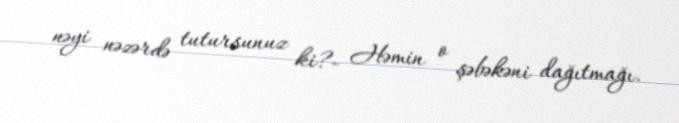
nəyi nəzərdə tutursunuz ki?- Həmin o şəbəkəni dağıtmağı.